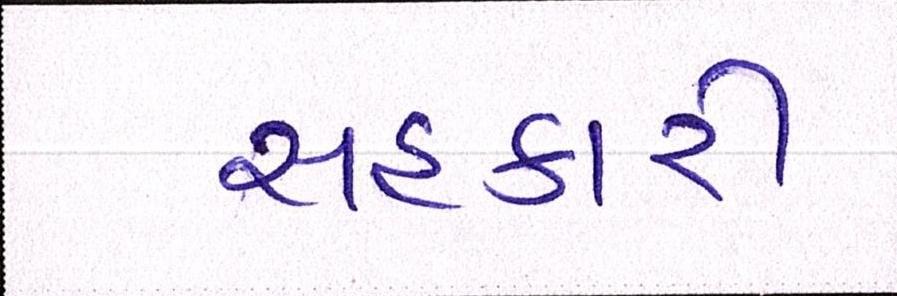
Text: સહકારી